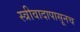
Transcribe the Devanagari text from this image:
स्त्रीवादापासूनच